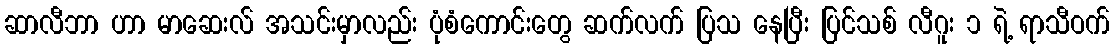
ဆာလီဘာ ဟာ မာဆေးလ် အသင်းမှာလည်း ပုံစံကောင်းတွေ ဆက်လက် ပြသ နေပြီး ပြင်သစ် လီဂူး ၁ ရဲ့ ရာသီဝက်